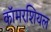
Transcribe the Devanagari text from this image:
कॉमरशियल